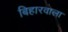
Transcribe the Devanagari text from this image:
बिहारवाला